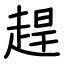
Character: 趕